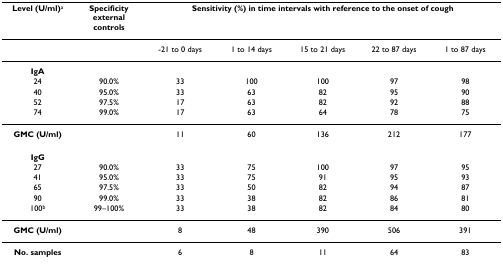
<table><thead><tr><td><b>Level (U/ml)<sup>a</sup></b></td><td><b>Specificity external controls</b></td><td colspan="5"><b>Sensitivity (%) in time intervals with reference to the onset of cough</b></td></tr></thead><tbody><tr><td></td><td></td><td>-21 to 0 days</td><td>1 to 14 days</td><td>15 to 21 days</td><td>22 to 87 days</td><td>1 to 87 days</td></tr><tr><td><b>IgA</b></td><td></td><td></td><td></td><td></td><td></td><td></td></tr><tr><td>24</td><td>90.0%</td><td>33</td><td>100</td><td>100</td><td>97</td><td>98</td></tr><tr><td>40</td><td>95.0%</td><td>33</td><td>63</td><td>82</td><td>95</td><td>90</td></tr><tr><td>52</td><td>97.5%</td><td>17</td><td>63</td><td>82</td><td>92</td><td>88</td></tr><tr><td>74</td><td>99.0%</td><td>17</td><td>63</td><td>64</td><td>78</td><td>75</td></tr><tr><td><b>GMC (U/ml)</b></td><td></td><td>11</td><td>60</td><td>136</td><td>212</td><td>177</td></tr><tr><td><b>IgG</b></td><td></td><td></td><td></td><td></td><td></td><td></td></tr><tr><td>27</td><td>90.0%</td><td>33</td><td>75</td><td>100</td><td>97</td><td>95</td></tr><tr><td>41</td><td>95.0%</td><td>33</td><td>75</td><td>91</td><td>95</td><td>93</td></tr><tr><td>65</td><td>97.5%</td><td>33</td><td>50</td><td>82</td><td>94</td><td>87</td></tr><tr><td>90</td><td>99.0%</td><td>33</td><td>38</td><td>82</td><td>86</td><td>81</td></tr><tr><td>100<sup>b</sup></td><td>99–100%</td><td>33</td><td>38</td><td>82</td><td>84</td><td>80</td></tr><tr><td><b>GMC (U/ml)</b></td><td></td><td>8</td><td>48</td><td>390</td><td>506</td><td>391</td></tr><tr><td><b>No. samples</b></td><td></td><td>6</td><td>8</td><td>11</td><td>64</td><td>83</td></tr></tbody></table>